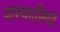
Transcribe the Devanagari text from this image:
पास्कासियो